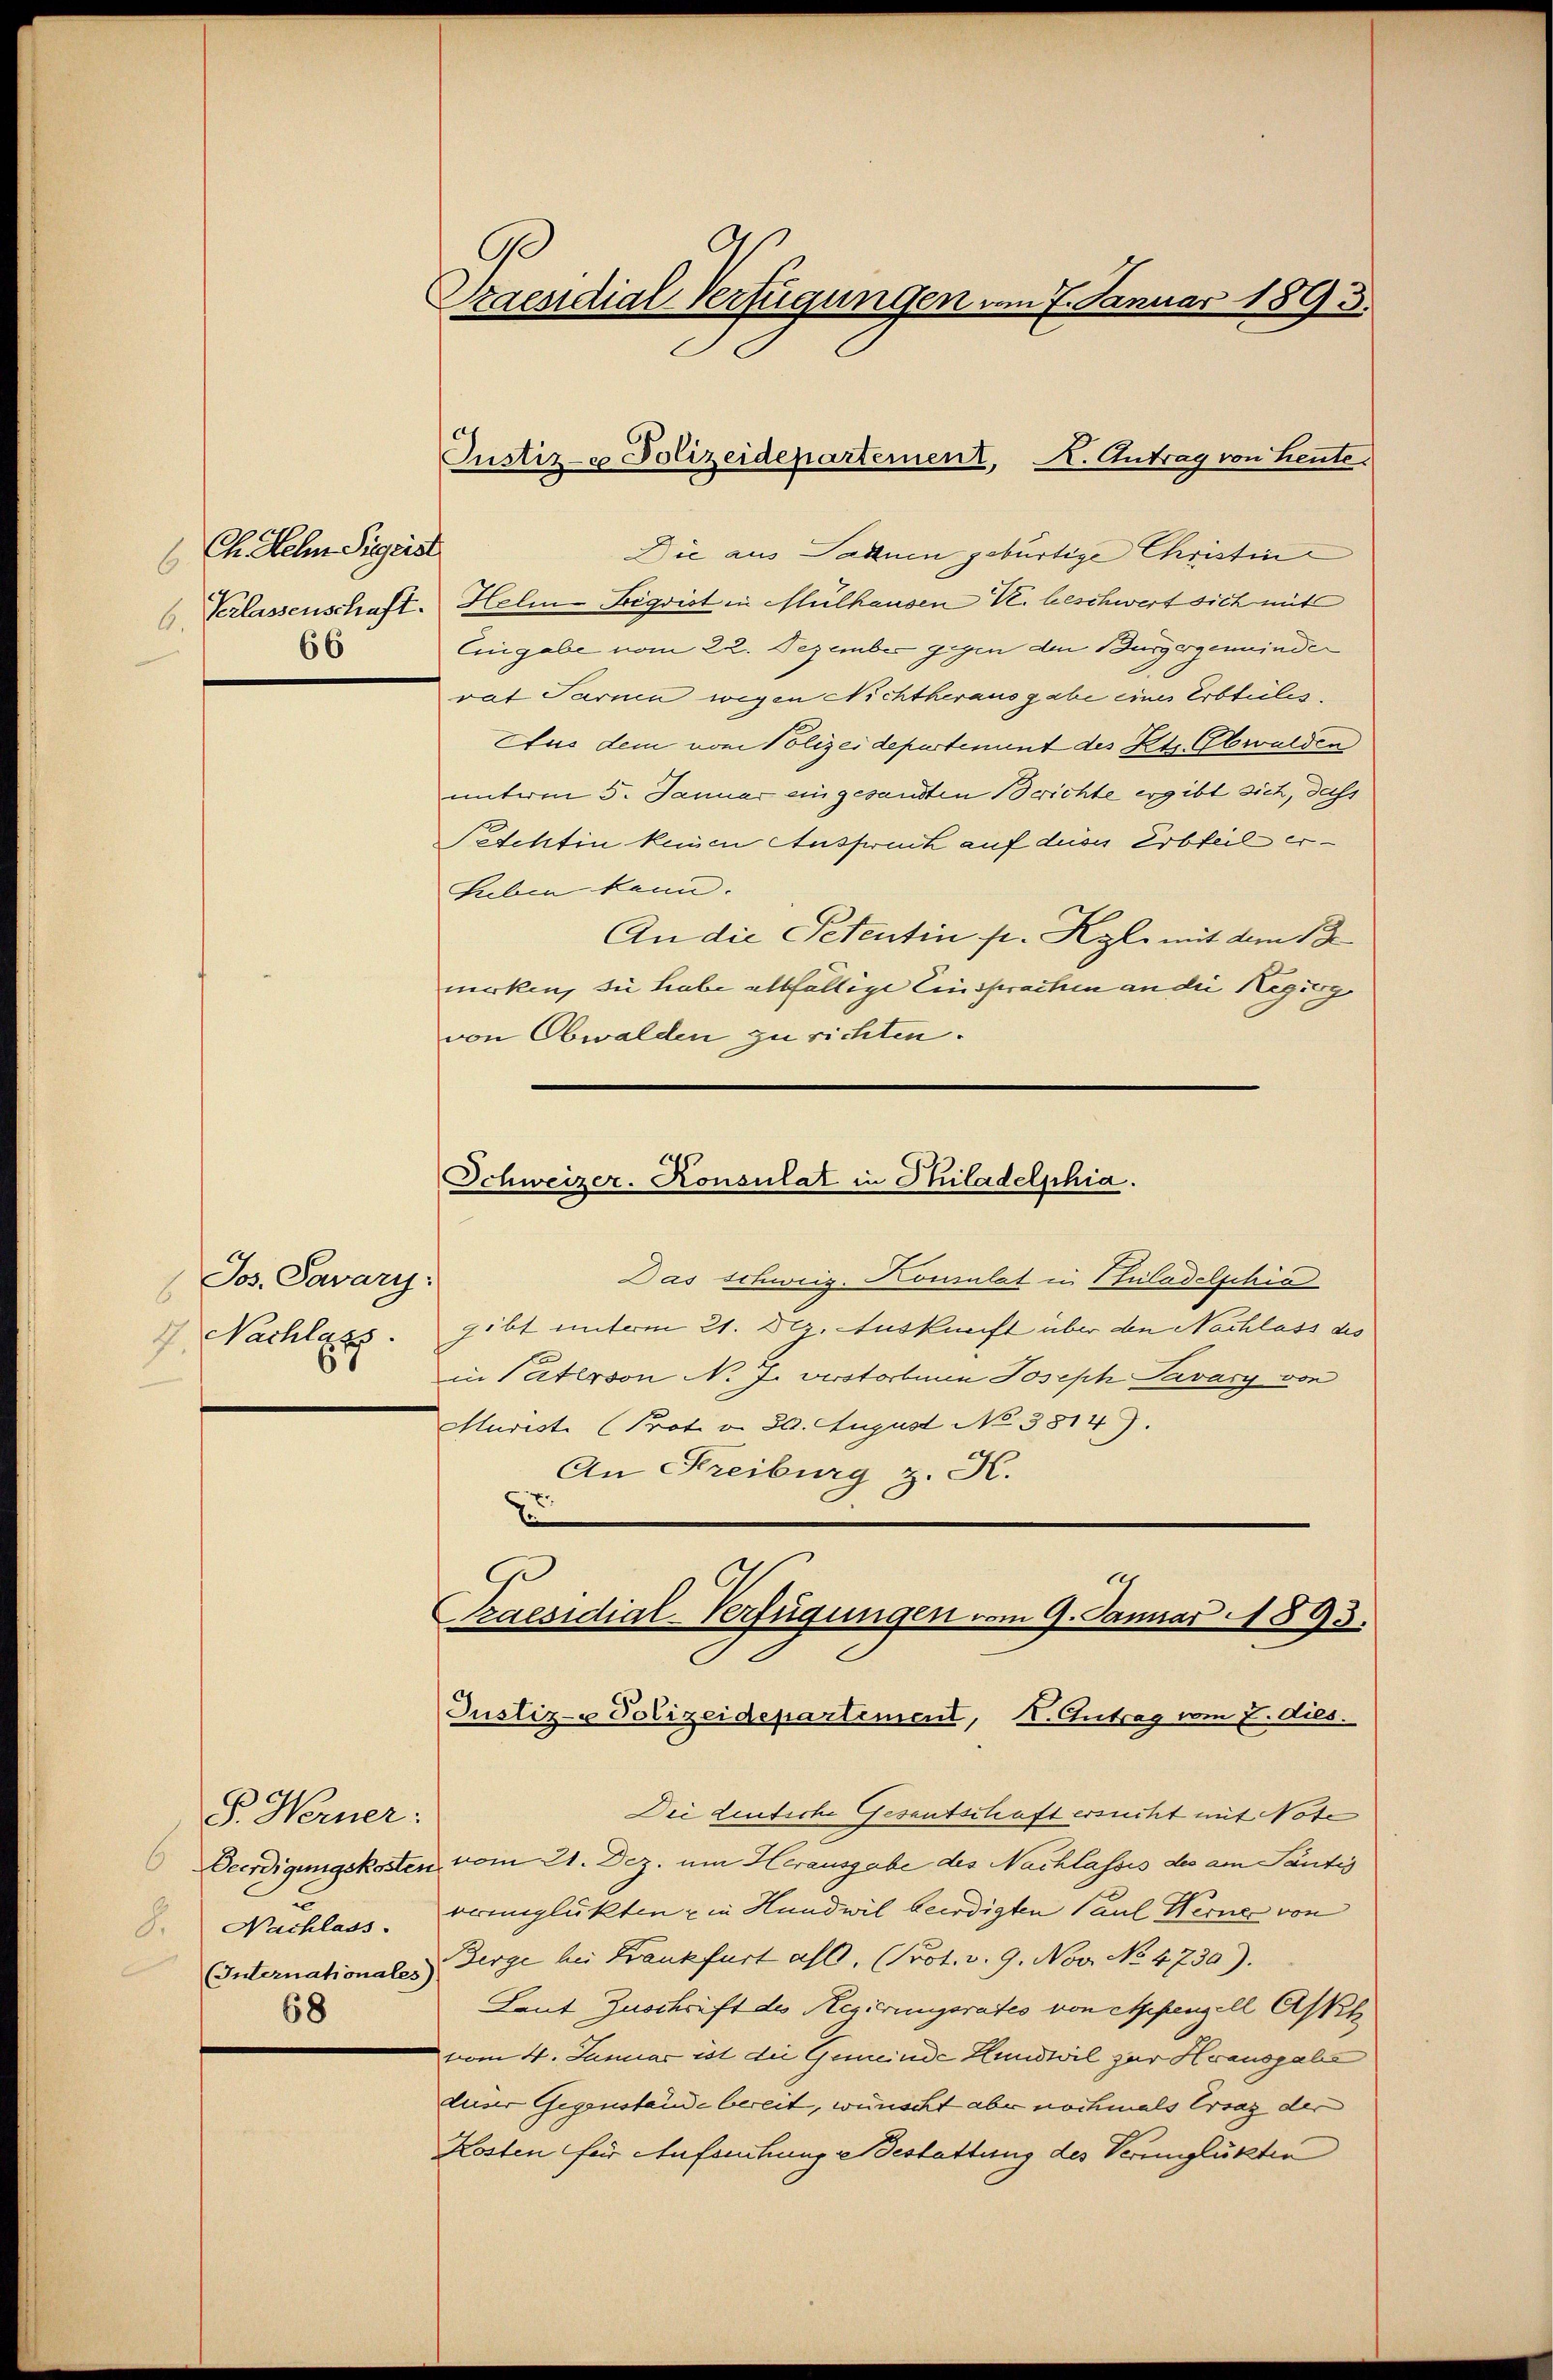
Ch. Hehn Sigris
6
6.
66

Jos. Savary:
8
7. Nachlers.

S. Werner:
8. Nachlass.
68

Praesidial-Verfügungen am 7. Januar 1893.

Die aus Sahnen gebürtige Christin
Verlassenschaft. Helm-Sigrist in Mülhausen V. beschwert sich mit
Eingabe vom 22. Dezember gegen den Bürgergemeinde
rat Tarnen wegen Nichtherausgabe eines Erbteiles.
Aus dem vom Polizeidepartement des Kts. Obwalden
unterm 5. Januar eingesandten Berichte ergibt sich, dass
Petchtin keinen Ansprunk auf des Erbteil er¬
Luben kann.
An die Petentin pr. Kgl. mit dem 13.
merken, die habe allfällige Einsprachen an die Regieng
von Obwalden zu richten.

Justiz- Polizeideparternenz, A. Antrag von Heute.

Schweizer-Konsulat in Hiladelphia.

Das schweiz. Konsulat in Puladelschia
gibt unterm 21. Dez. Auskunft über den Nachlass des
in Paterson N. J. verstorbene Joseph Pavary von
Murist (Prot. d. 30. August No 3814).
An Freiburg z. H.
E

Praesidial-Verfügungen vom 9. Januar 1893.
Justiz- Polizeidepartement, I. Antrag vom 7. dies.

Die Lentiche Gesentschaft ersucht mit Note
Beerdigungskosten vom 21. Dez. um Herausgabe des Nachlasses des am Tantis
bringlükten & in Hundwil beerdigten Paul Werne von
(Internationales Berge bei Krankfurt alt, (Prot. v. 9. Nov. No. 4730).
Laut Zuschrift des Regierungsrates von Appenzell Aspek
vom 4. Januar ist die Gemeinde Hundwil zur Hausgabe
duser Gegenstande bereit, wünscht aber nochmals Ersaz der
Kosten für Aufschung Bestattung des Verunglükten